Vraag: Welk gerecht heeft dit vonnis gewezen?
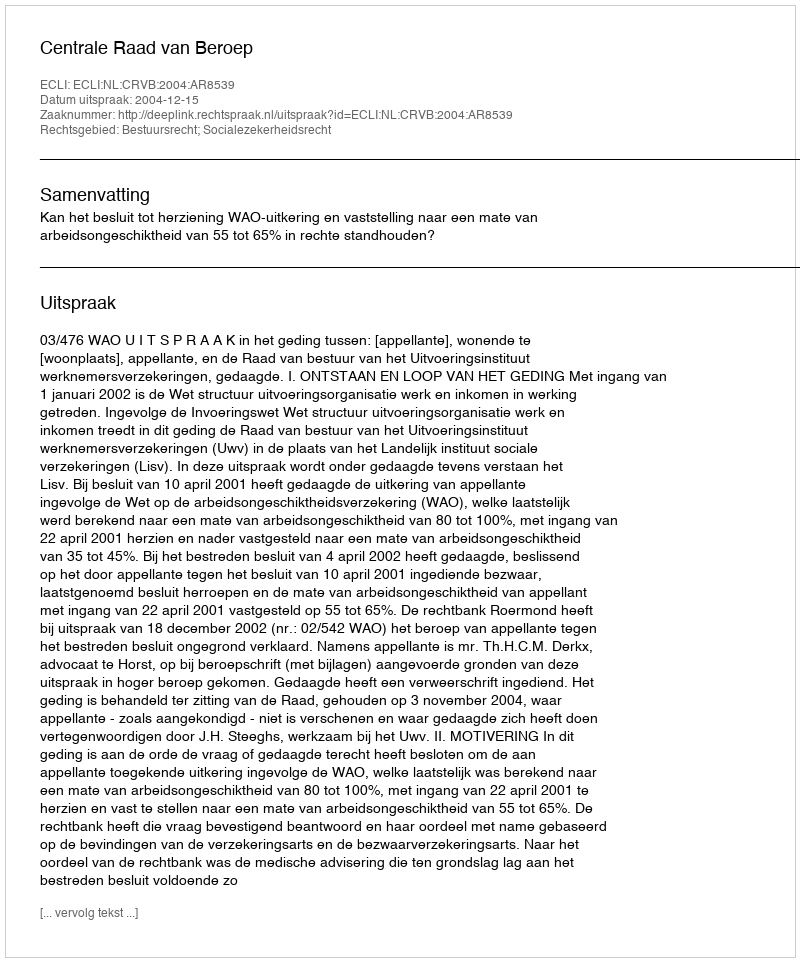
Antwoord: Centrale Raad van Beroep